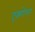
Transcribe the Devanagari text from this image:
दृक्गोचर